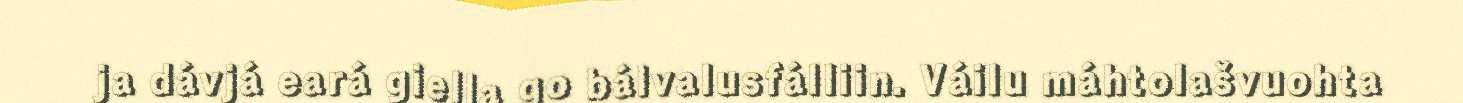
ja dávjá eará giella go bálvalusfálliin. Váilu máhtolašvuohta